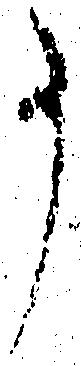
事